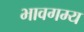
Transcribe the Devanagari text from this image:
भावगम्य